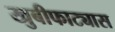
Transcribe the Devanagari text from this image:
खुबीफाट्यास